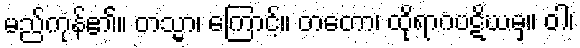
မည်ကုန်၏။ တသ္မာ၊ ကြောင့်။ တတော၊ ထိုရာဂပဋိဃမှ။ ဝါ၊